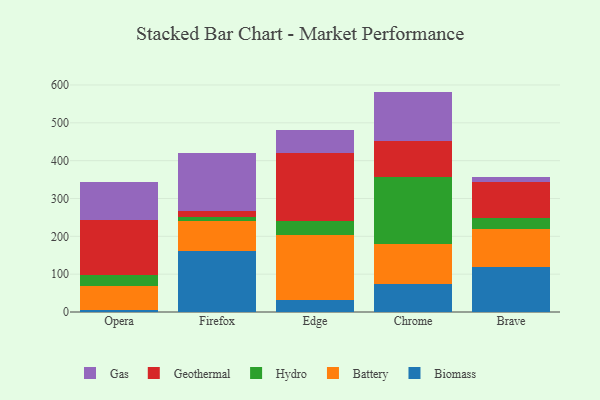
{"axis": {"x": "Browser", "y": "Market Share (%)"}, "legend": ["Battery", "Biomass", "Gas", "Geothermal", "Hydro"], "data": [{"x": "Opera", "y": 6.1, "type": "Biomass"}, {"x": "Opera", "y": 62.7, "type": "Battery"}, {"x": "Opera", "y": 29.1, "type": "Hydro"}, {"x": "Opera", "y": 145.6, "type": "Geothermal"}, {"x": "Opera", "y": 99.0, "type": "Gas"}, {"x": "Firefox", "y": 160.8, "type": "Biomass"}, {"x": "Firefox", "y": 80.4, "type": "Battery"}, {"x": "Firefox", "y": 9.7, "type": "Hydro"}, {"x": "Firefox", "y": 16.7, "type": "Geothermal"}, {"x": "Firefox", "y": 153.5, "type": "Gas"}, {"x": "Edge", "y": 33.0, "type": "Biomass"}, {"x": "Edge", "y": 170.7, "type": "Battery"}, {"x": "Edge", "y": 37.3, "type": "Hydro"}, {"x": "Edge", "y": 179.5, "type": "Geothermal"}, {"x": "Edge", "y": 61.0, "type": "Gas"}, {"x": "Chrome", "y": 74.8, "type": "Biomass"}, {"x": "Chrome", "y": 104.0, "type": "Battery"}, {"x": "Chrome", "y": 177.3, "type": "Hydro"}, {"x": "Chrome", "y": 95.5, "type": "Geothermal"}, {"x": "Chrome", "y": 130.9, "type": "Gas"}, {"x": "Brave", "y": 118.2, "type": "Biomass"}, {"x": "Brave", "y": 102.4, "type": "Battery"}, {"x": "Brave", "y": 28.7, "type": "Hydro"}, {"x": "Brave", "y": 93.4, "type": "Geothermal"}, {"x": "Brave", "y": 14.7, "type": "Gas"}]}